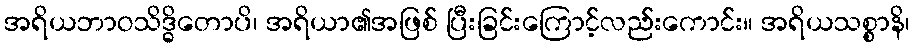
အရိယဘာဝသိဒ္ဓိတောပိ၊ အရိယာ၏အဖြစ် ပြီးခြင်းကြောင့်လည်းကောင်း။ အရိယသစ္စာနိ၊